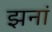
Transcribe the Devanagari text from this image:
झनां